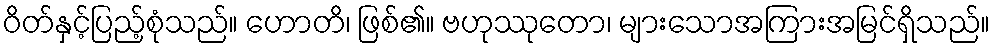
ဝိတ်နှင့်ပြည့်စုံသည်။ ဟောတိ၊ ဖြစ်၏။ ဗဟုဿုတော၊ များသောအကြားအမြင်ရှိသည်။